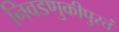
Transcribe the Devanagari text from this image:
निवडणुकीपुरतं